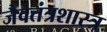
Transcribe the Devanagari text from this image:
जैवतंत्रशास्त्र